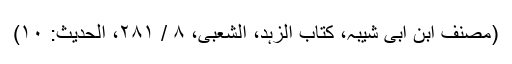
(مصنف ابن ابی شیبہ، کتاب الزہد، الشعبی، ۸ / ۲۸۱، الحدیث: ۱۰)